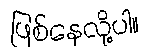
ဖြစ်နေလို့ပါ။